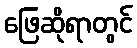
ဖြေဆိုရာတွင်